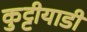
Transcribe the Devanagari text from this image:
कुट्टीयाडी